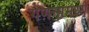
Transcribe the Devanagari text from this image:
गणनामध्ये